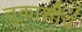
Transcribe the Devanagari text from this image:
तुकाशीयं